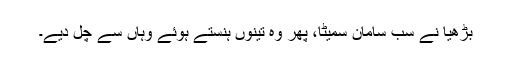
بڑھیا نے سب سامان سمیٹا، پھر وہ تینوں ہنستے ہوئے وہاں سے چل دیے۔